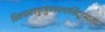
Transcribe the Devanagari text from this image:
विकचनवकुसुंभस्वच्छसिंदूरभासाः